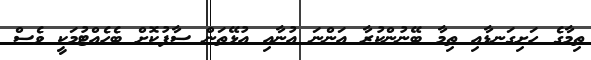
ތިމާގެ ހަށިގަނޑާއި ތިމާ ބޭނުންކުރާ އަންނަ އުނާއި އުޅޭތަން ސާފުކޮށް ބެހެއްޓުމަކީ ވެސް